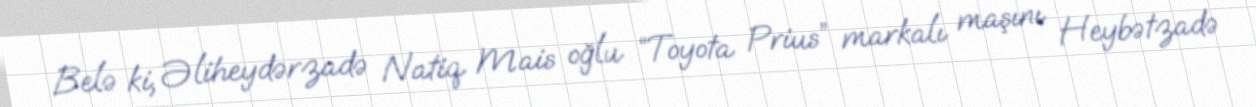
Belə ki, Əliheydərzadə Natiq Mais oğlu “Toyota Prius” markalı maşını Heybətzadə